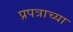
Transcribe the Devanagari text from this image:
प्रपत्राच्या